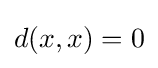
d(x,x)=0